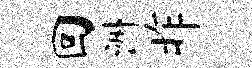
回洲昨